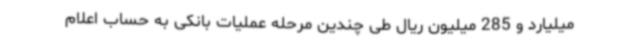
میلیارد و 285 میلیون ریال طی چندین مرحله عملیات بانکی به حساب اعلام